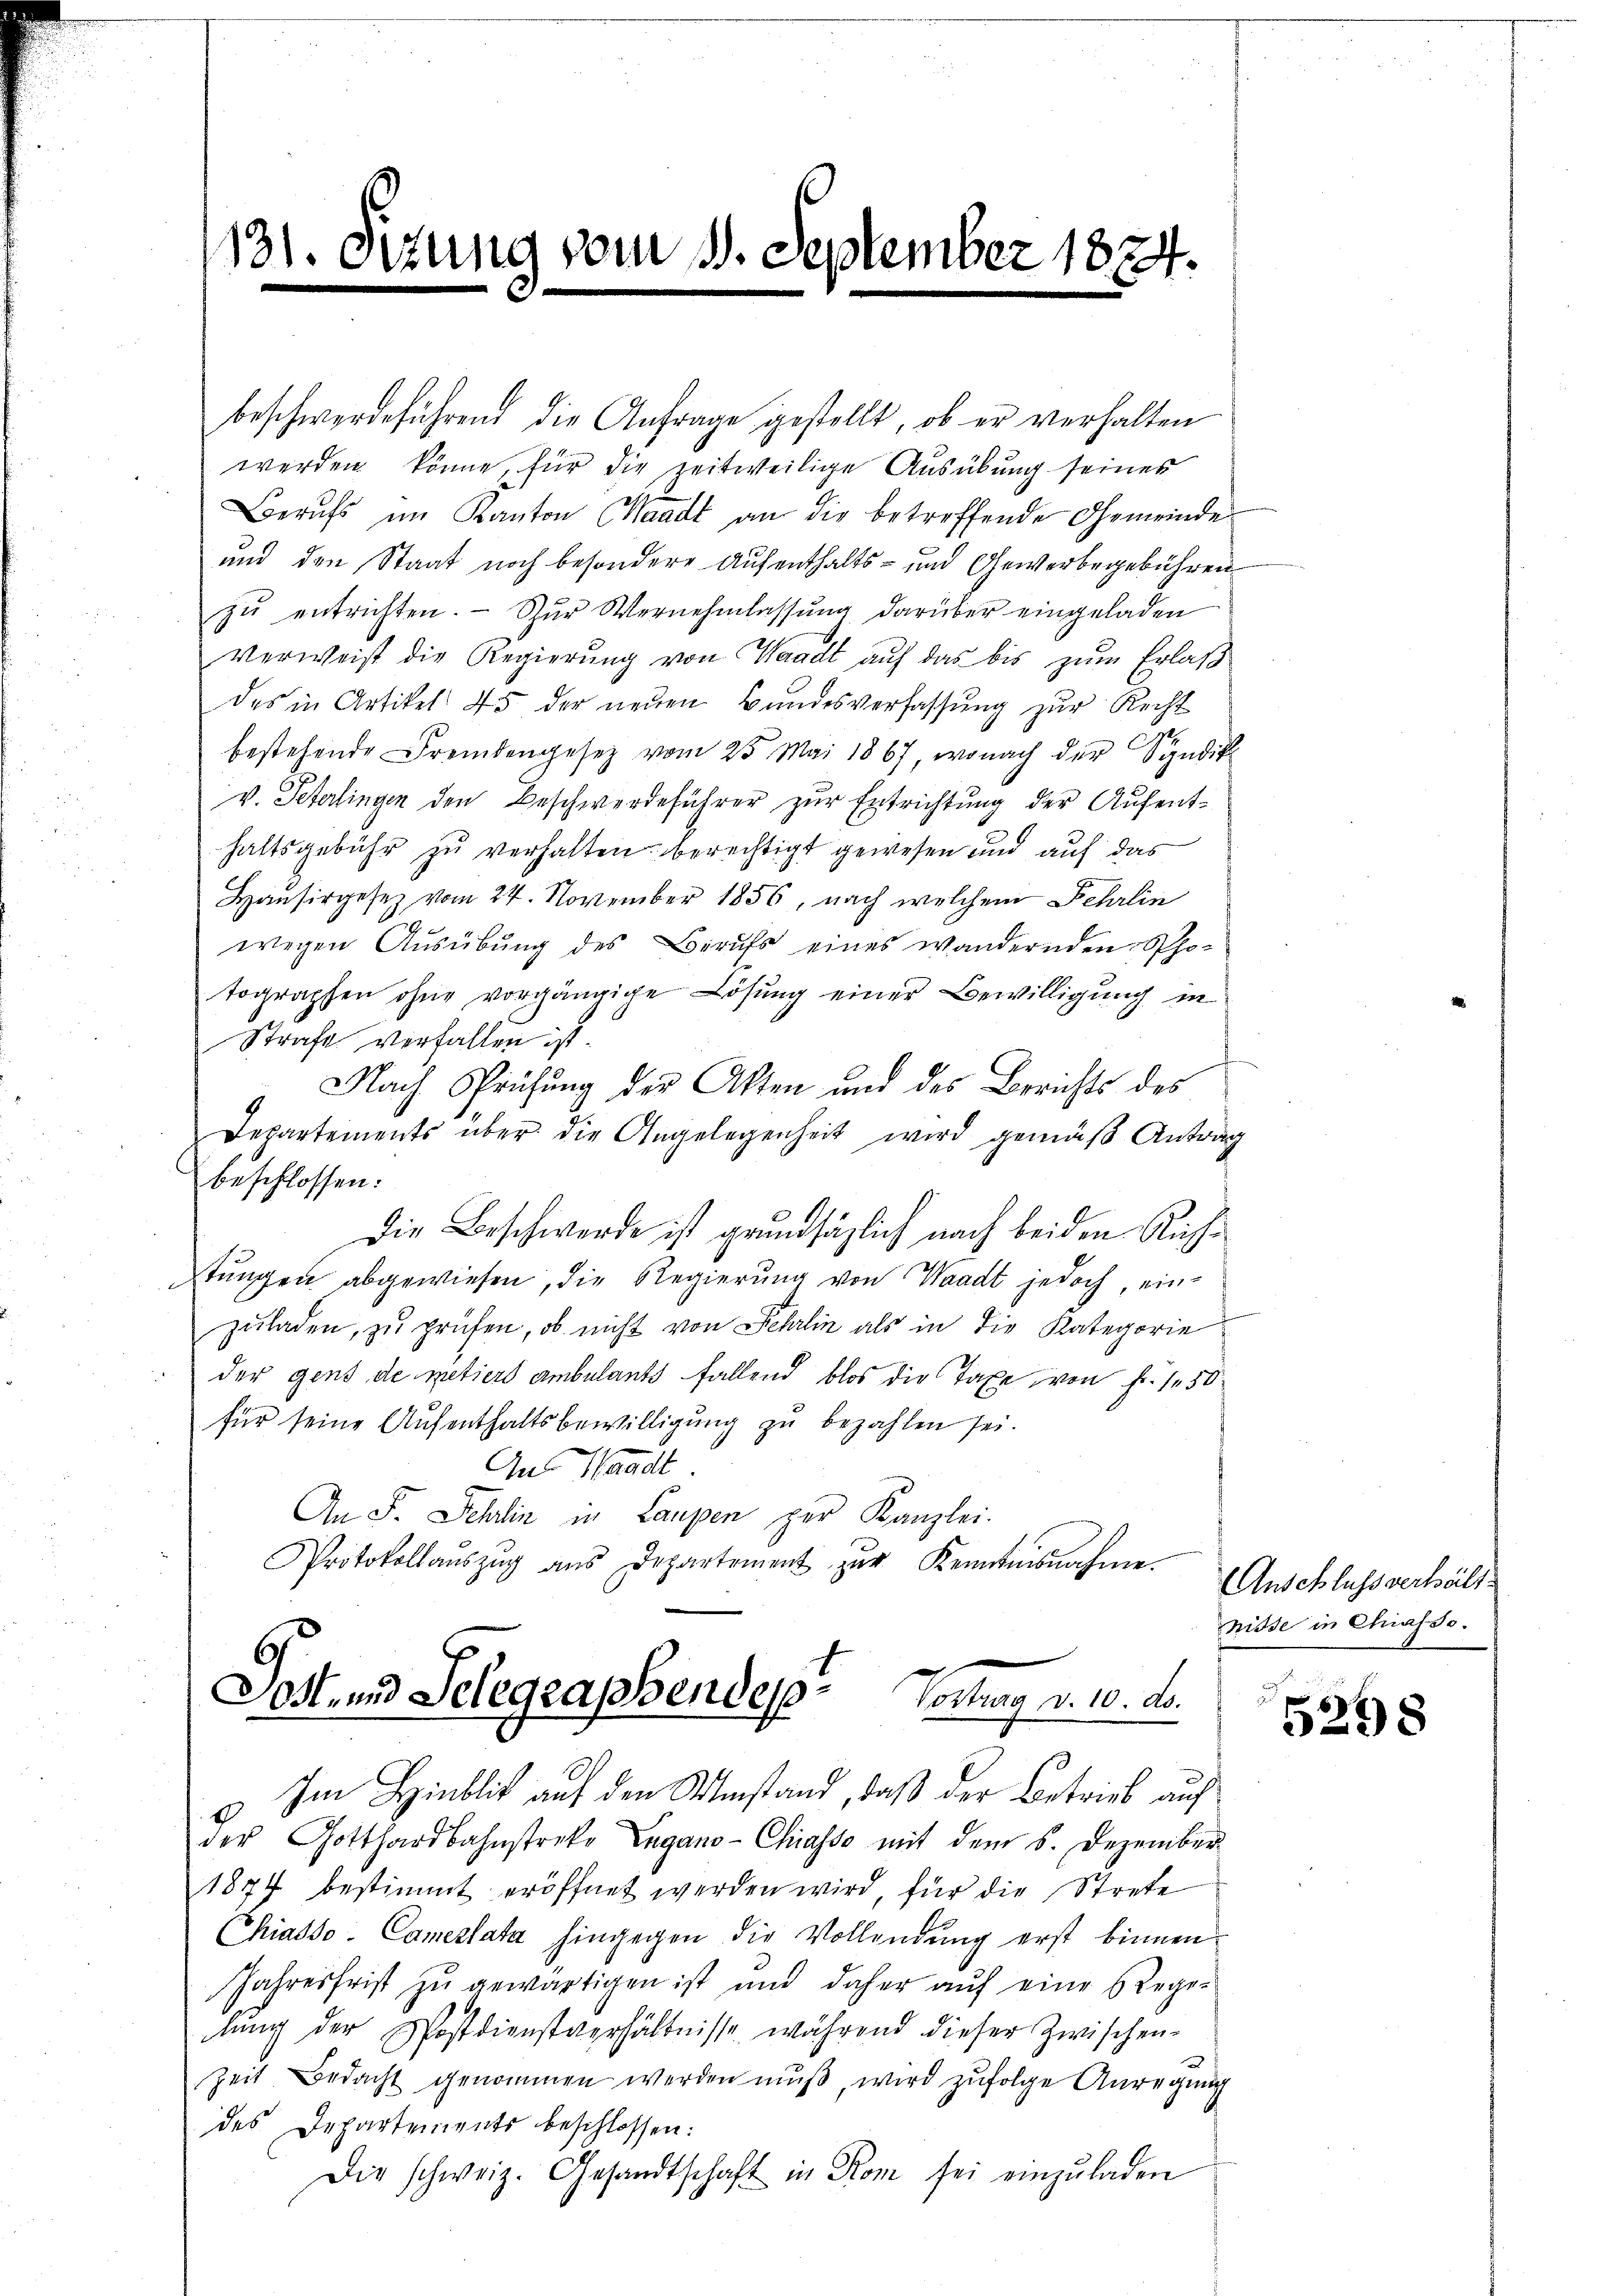
131. Sizung vom 11. September 1874.

beschwerdeführend die Anfrage gestellt, ob er verhalten
werden könne, für die zeitweilige Ausübung seines
Berufs im Kanton Waadt an die betreffende Gemeinde
und den Staat noch besondere Aufenthalts- und Gewerbegebühren
zŭ entrichten. - Zur Vernehmlassung darüber eingeladen
Verweist die Regierung von Waadt auf das bis zum Erlaß
des in Artikel 45 der neuen Bundesverfassung zur Recht
bestehende Fremdengesetz vom 25. Mai 1867, wonach der Syndik
v. Peterlingen den Beschwerdeführer zur Entrichtung der Aufenthaltsgebühr zu verhalten berechtigt gewesen und auf das
Hausirgesez vom 24. November 1856, nach welchem Fehrlin
wegen Ausübung des Berufs eines wandernden Pho-
tographen ohne vorgängige Lösung einer Bewilligung in
Strafe verfallen ist.
Nach Prüfung der Akten und des Berichts des
Departements über die Angelegenheit wird gemäß Antrag
beschlossen:
Die Beschwerde ist grundsätzlich nach beiden Richstungen abgewiesen, die Regierung von Waadt jedoch einzŭladen, zu prüfen, ob nicht von Lehrlin als in die Kategorie
der gens de metiers ambulants fallend blos die Taxe von fr. 150
für seine Aufenthaltsbewilligung zu bezahlen sei.
Aus Waadt
An F. Schlin in Laupen per Kanzlei.
Protokollaŭszŭg aŭs Departement zŭr Kenntnisnahme.
Dost- und Telegrassendep
Volang d. 10. d.
Im Hinblick auf den Umstand, daß der Betrieb auf
der Gotthardbahnstreke Lugano- Chiasso mit dem 5. Dezember
1877 bestimmt eröffnet werden wird, für die Strete
Chiasso-Camestata hingegen die Vollendŭng erst binnen.
Jahresfrist zu gewärtigen ist und daher aŭf eine Rege-
lŭng der Postdienstverhältnisse während dieser Zwischen-
Zeit Bedacht genommen werden muß, wird zufolge Anregung
des Departements beschlossen:
Die schweiz. Gesandtschaft in Rom sei einzŭladen

Anschlussverhält
nisse in Chiasso.

5298